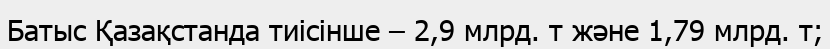
Батыс Қазақстанда тиісінше – 2,9 млрд. т және 1,79 млрд. т;